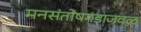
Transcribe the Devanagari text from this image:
मनसंतोषगडाजवळ